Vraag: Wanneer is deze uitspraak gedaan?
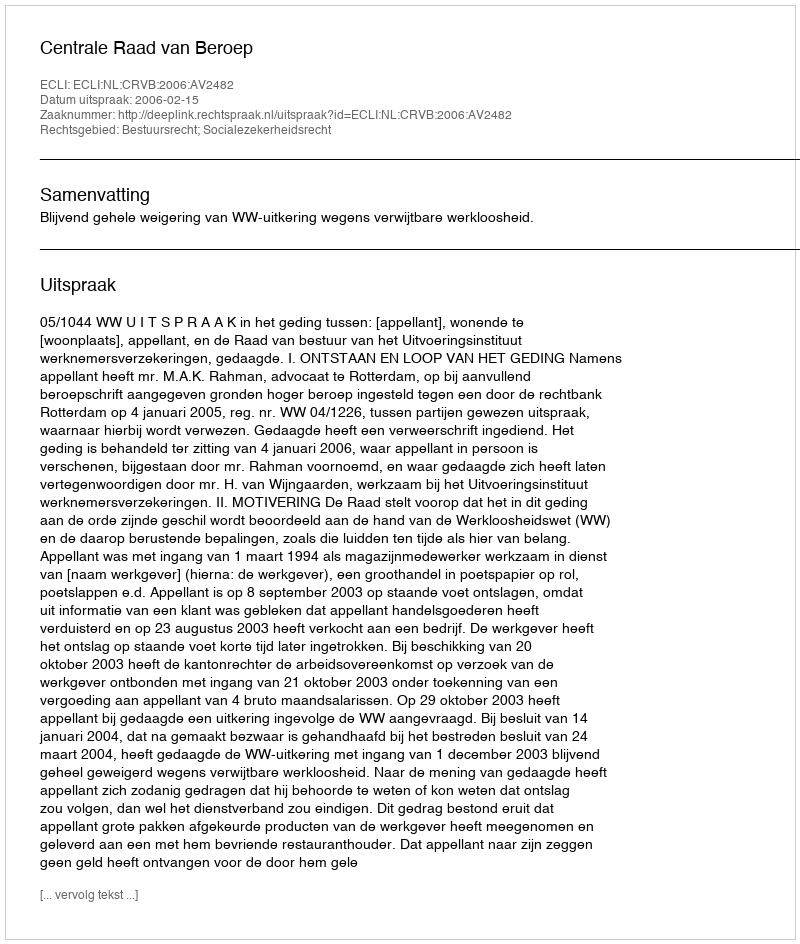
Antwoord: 2006-02-15